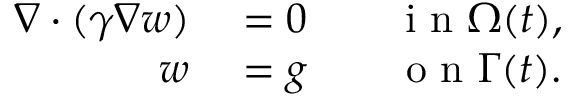
\begin{array} { r l } { \nabla \cdot ( \gamma \nabla \b w ) } & { { } = 0 \qquad \mathrm { ~ i ~ n ~ } \Omega ( t ) , } \\ { \b w } & { { } = \b g \qquad \mathrm { ~ o ~ n ~ } \Gamma ( t ) . } \end{array}